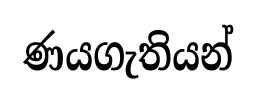
ණයගැතියන්